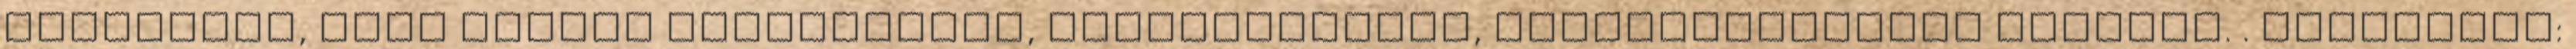
részleges, vagy teljes felújítását, tekercselését, meghibásodástól függően. . Település: